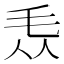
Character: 𣬱